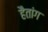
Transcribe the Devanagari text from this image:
हैतांग